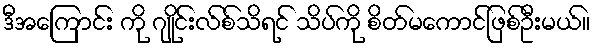
ဒီအကြောင်း ကို ဂျိုင်းလ်စ်သိရင် သိပ်ကို စိတ်မကောင်ဖြစ်ဦးမယ်။